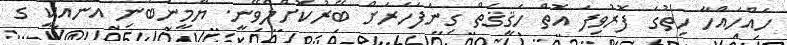
ހައްހައްހާ ހިތުގަ ފޮރުވިފަ އޮތް ހަޤީޤަތް ގިނަފަހަރަށް ބޭރުކޮށްލެވޭނީ. ޔާމީނުބުނި އޭނާއަކީ ގެ